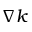
{ \nabla k }